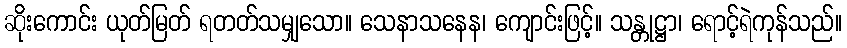
ဆိုးကောင်း ယုတ်မြတ် ရတတ်သမျှသော။ သေနာသနေန၊ ကျောင်းဖြင့်။ သန္တုဋ္ဌာ၊ ရောင့်ရဲကုန်သည်။